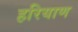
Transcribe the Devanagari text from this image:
हरियाण